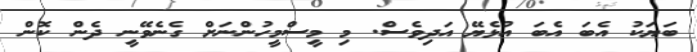
ބަޔަކު އެބަ އެބަ އުޅެެޔޭ އަދިވެސް. މި މީސްމީހުންނަށް ގެނެވޭނީ ދެން ކޮން